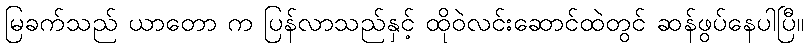
မြခက်သည် ယာတော က ပြန်လာသည်နှင့် ထိုဝဲလင်းဆောင်ထဲတွင် ဆန်ဖွပ်နေပါပြီ။